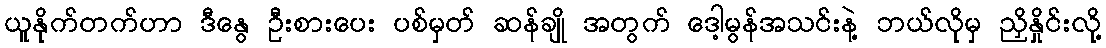
ယူနိုက်တက်ဟာ ဒီနွေ ဦးစားပေး ပစ်မှတ် ဆန်ချို အတွက် ဒေါ့မွန်အသင်းနဲ့ ဘယ်လိုမှ ညှိနှိုင်းလို့